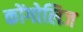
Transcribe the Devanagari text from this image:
कोंगोलिज